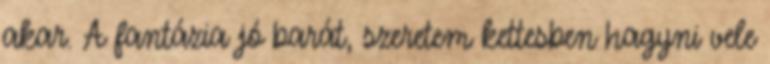
akar. A fantázia jó barát, szeretem kettesben hagyni vele